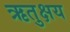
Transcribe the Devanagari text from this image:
ऋतुक्षय